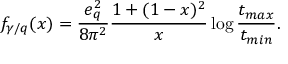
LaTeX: f _ { \gamma / q } ( x ) = \frac { e _ { q } ^ { 2 } } { 8 \pi ^ { 2 } } \frac { 1 + ( 1 - x ) ^ { 2 } } { x } \log \frac { t _ { m a x } } { t _ { m i n } } .